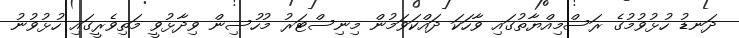
ދަނޑު ހުޅުވުމުގެ ރަސްމިއްޔާތުގައި ވާހަކަ ދައްކަވަމުން މިނިސްޓަރު މުހުސިން ވިދާޅުވީ މަތިވެރީގައި ހުޅުވުނު